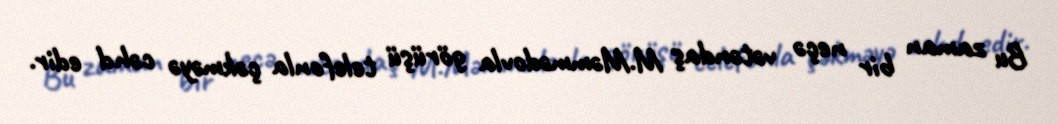
Bu zaman bir neçə vətəndaş M.Məmmədovla görüşü telefonla çəkməyə cəhd edir.